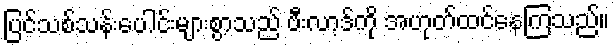
ပြင်သစ်သန်းပေါင်းများစွာသည် ဗီးလာ့ဒ်ကို အဟုတ်ထင်နေကြသည်။